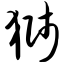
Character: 狮